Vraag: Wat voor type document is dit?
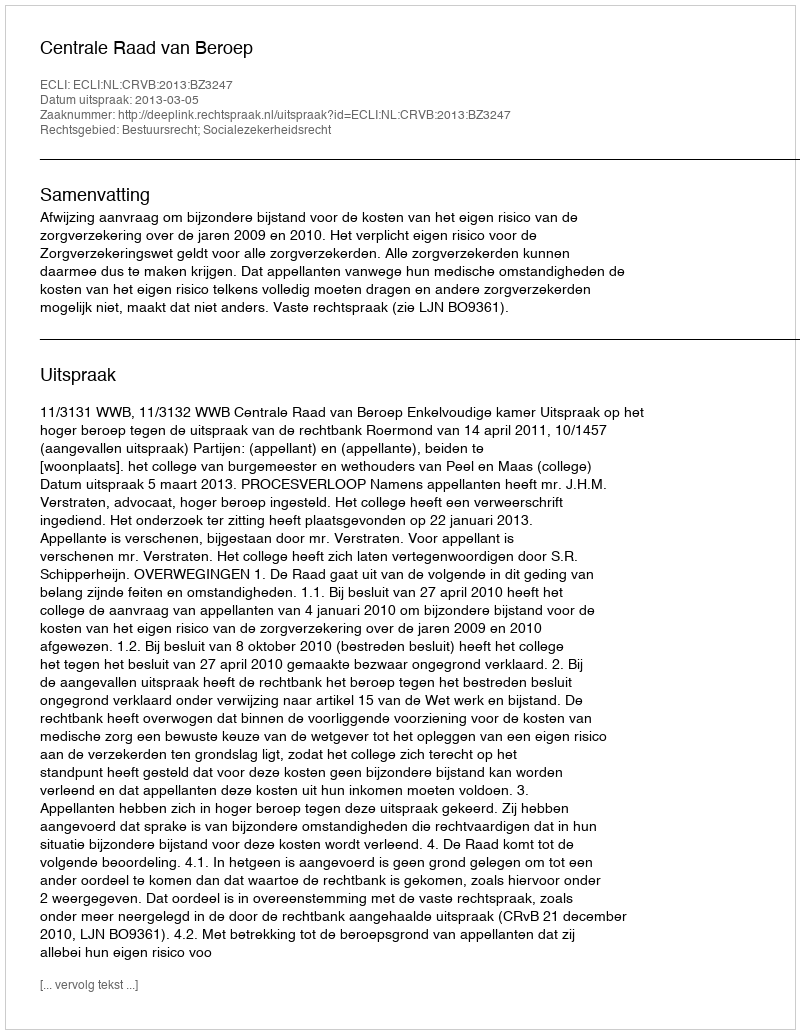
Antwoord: Uitspraak